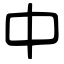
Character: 中